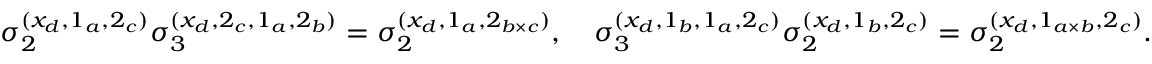
\sigma _ { 2 } ^ { ( x _ { d } , 1 _ { a } , 2 _ { c } ) } \sigma _ { 3 } ^ { ( x _ { d } , 2 _ { c } , 1 _ { a } , 2 _ { b } ) } = \sigma _ { 2 } ^ { ( x _ { d } , 1 _ { a } , 2 _ { b \times c } ) } , \quad \sigma _ { 3 } ^ { ( x _ { d } , 1 _ { b } , 1 _ { a } , 2 _ { c } ) } \sigma _ { 2 } ^ { ( x _ { d } , 1 _ { b } , 2 _ { c } ) } = \sigma _ { 2 } ^ { ( x _ { d } , 1 _ { a \times b } , 2 _ { c } ) } .